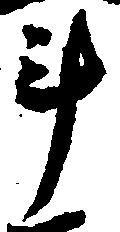
斗